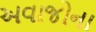
અવાજોના